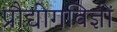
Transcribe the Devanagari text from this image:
प्रौद्योगविज्ञों